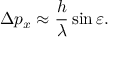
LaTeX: \Delta p _ { x } \approx { \frac { h } { \lambda } } \sin \varepsilon .